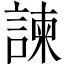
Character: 諫